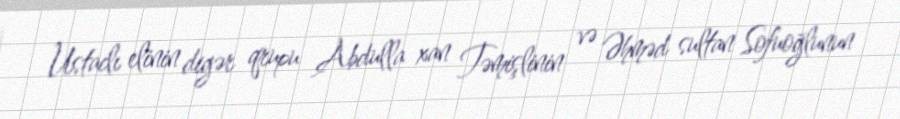
Ustaclı elinin digər qrupu Abdulla xan Təmişlinin və Əhməd sultan Sofuoğlunun